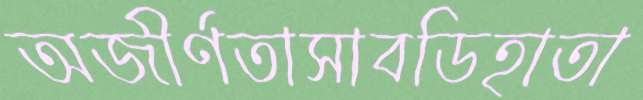
অজীর্ণতাসাবডিহাতা